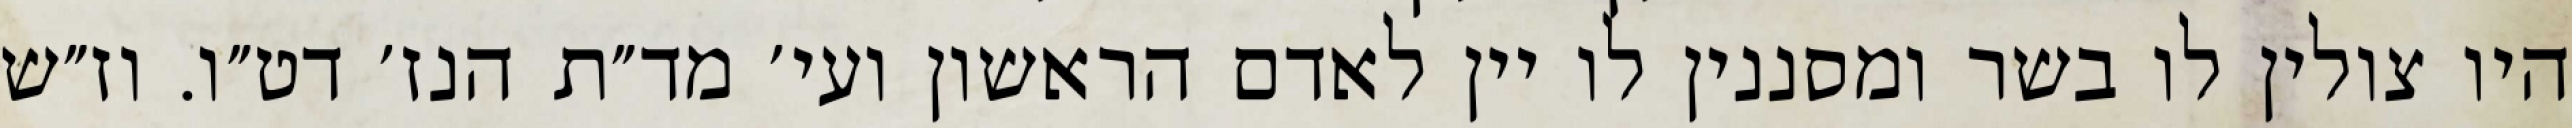
היו צולין לו בשר ומסננין לו יין לאדם הראשון ועי׳ מד״ת הנז׳ דט״ו. וז״ש